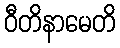
ဝီတိနာမေတိ